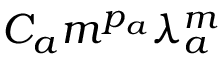
C _ { a } m ^ { p _ { a } } \lambda _ { a } ^ { m }